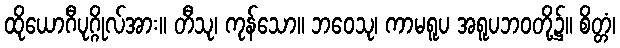
ထိုယောဂီပုဂ္ဂိုလ်အား။ တီသု၊ ကုန်သော။ ဘဝေသု၊ ကာမရူပ အရူပဘဝတို့၌။ စိတ္တံ၊